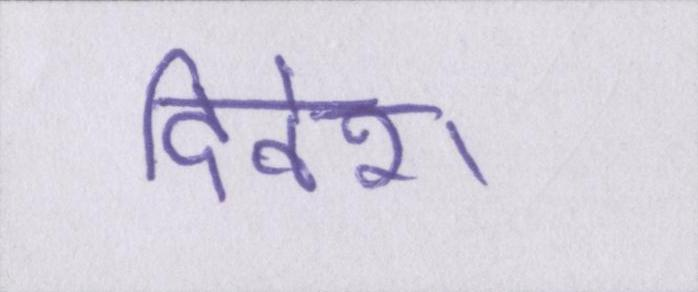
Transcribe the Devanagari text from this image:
दिनेश